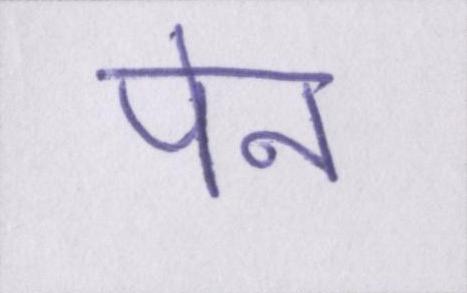
पेन